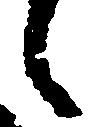
々